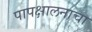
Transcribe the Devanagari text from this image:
पापक्षालनाचा